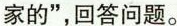
家的”，回答问题。